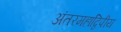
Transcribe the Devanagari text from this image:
अंतरमहाद्विपीय